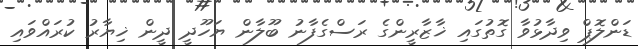
ޑަންލޮޕް ވިދާޅުވާ ގޮތުގައި ޚާޒާރީންގެ ރަސްގެފާނު ބޫލާން ޔަހޫދީ ދީން ޚިޔާރު ކުރައްވައި